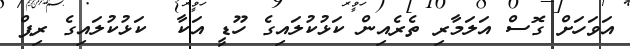
އަވަހަށް ގޮސް އަލަމާރި ތެރެއިން ކަޅުކުލައިގެ ހޫޑީ އަކާ  ކަޅުކުލައިގެ ރިޕް